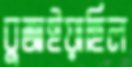
বুজাইয়াছিল